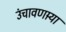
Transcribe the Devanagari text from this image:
उंचावणार्‍या